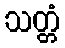
သတ္တံ